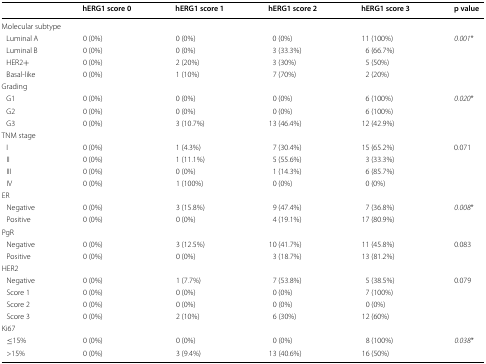
<table><thead><tr><td></td><td><b>hERG1 score 0</b></td><td><b>hERG1 score 1</b></td><td><b>hERG1 score 2</b></td><td><b>hERG1 score 3</b></td><td><b>p value</b></td></tr></thead><tbody><tr><td colspan="6">Molecular subtype</td></tr><tr><td> Luminal A</td><td>0 (0%)</td><td>0 (0%)</td><td>0 (0%)</td><td>11 (100%)</td><td rowspan="4"><i>0.001</i>*</td></tr><tr><td> Luminal B</td><td>0 (0%)</td><td>0 (0%)</td><td>3 (33.3%)</td><td>6 (66.7%)</td></tr><tr><td> HER2+</td><td>0 (0%)</td><td>2 (20%)</td><td>3 (30%)</td><td>5 (50%)</td></tr><tr><td> Basal-like</td><td>0 (0%)</td><td>1 (10%)</td><td>7 (70%)</td><td>2 (20%)</td></tr><tr><td colspan="6">Grading</td></tr><tr><td> G1</td><td>0 (0%)</td><td>0 (0%)</td><td>0 (0%)</td><td>6 (100%)</td><td rowspan="3"><i>0.020</i>*</td></tr><tr><td> G2</td><td>0 (0%)</td><td>0 (0%)</td><td>0 (0%)</td><td>6 (100%)</td></tr><tr><td> G3</td><td>0 (0%)</td><td>3 (10.7%)</td><td>13 (46.4%)</td><td>12 (42.9%)</td></tr><tr><td colspan="6">TNM stage</td></tr><tr><td> I</td><td>0 (0%)</td><td>1 (4.3%)</td><td>7 (30.4%)</td><td>15 (65.2%)</td><td rowspan="4">0.071</td></tr><tr><td> II</td><td>0 (0%)</td><td>1 (11.1%)</td><td>5 (55.6%)</td><td>3 (33.3%)</td></tr><tr><td> III</td><td>0 (0%)</td><td>0 (0%)</td><td>1 (14.3%)</td><td>6 (85.7%)</td></tr><tr><td> IV</td><td>0 (0%)</td><td>1 (100%)</td><td>0 (0%)</td><td>0 (0%)</td></tr><tr><td colspan="6">ER</td></tr><tr><td> Negative</td><td>0 (0%)</td><td>3 (15.8%)</td><td>9 (47.4%)</td><td>7 (36.8%)</td><td rowspan="2"><i>0.008</i>*</td></tr><tr><td> Positive</td><td>0 (0%)</td><td>0 (0%)</td><td>4 (19.1%)</td><td>17 (80.9%)</td></tr><tr><td colspan="6">PgR</td></tr><tr><td> Negative</td><td>0 (0%)</td><td>3 (12.5%)</td><td>10 (41.7%)</td><td>11 (45.8%)</td><td rowspan="2">0.083</td></tr><tr><td> Positive</td><td>0 (0%)</td><td>0 (0%)</td><td>3 (18.7%)</td><td>13 (81.2%)</td></tr><tr><td colspan="6">HER2</td></tr><tr><td> Negative</td><td>0 (0%)</td><td>1 (7.7%)</td><td>7 (53.8%)</td><td>5 (38.5%)</td><td rowspan="4">0.079</td></tr><tr><td> Score 1</td><td>0 (0%)</td><td>0 (0%)</td><td>0 (0%)</td><td>7 (100%)</td></tr><tr><td> Score 2</td><td>0 (0%)</td><td>0 (0%)</td><td>0 (0%)</td><td>0 (0%)</td></tr><tr><td> Score 3</td><td>0 (0%)</td><td>2 (10%)</td><td>6 (30%)</td><td>12 (60%)</td></tr><tr><td colspan="6">Ki67</td></tr><tr><td> ≤15%</td><td>0 (0%)</td><td>0 (0%)</td><td>0 (0%)</td><td>8 (100%)</td><td rowspan="2"><i>0.038</i>*</td></tr><tr><td> &gt;15%</td><td>0 (0%)</td><td>3 (9.4%)</td><td>13 (40.6%)</td><td>16 (50%)</td></tr></tbody></table>